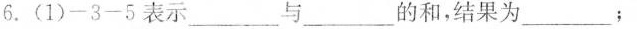
6.(1)$$- 3 - 5$$表示___与___的和，结果为___；